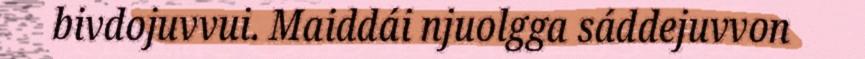
bivdojuvvui. Maiddái njuolgga sáddejuvvon